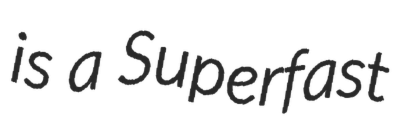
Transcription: is a Superfast